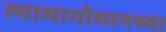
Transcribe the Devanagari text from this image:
त्यामागोमागच्या